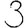
Digit: 3